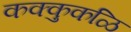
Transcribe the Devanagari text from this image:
कक्कुकळि